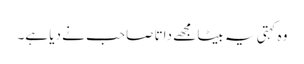
وہ کہتی یہ بیٹا مجھے داتا صاحب نے دیا ہے۔